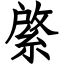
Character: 綮